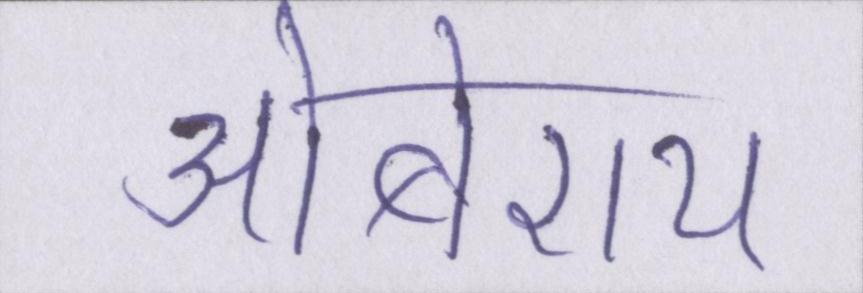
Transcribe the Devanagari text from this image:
ओबेराय